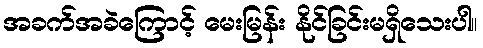
အခက်အခဲကြောင့် မေးမြန်း နိုင်ခြင်းမရှိသေးပါ။